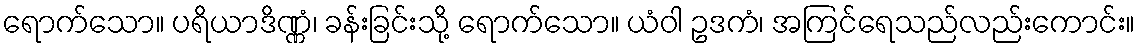
ရောက်သော။ ပရိယာဒိဏ္ဏံ၊ ခန်းခြင်းသို့ ရောက်သော။ ယံဝါ ဥဒကံ၊ အကြင်ရေသည်လည်းကောင်း။